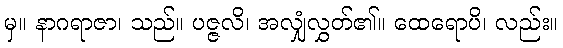
မှ။ နာဂရာဇာ၊ သည်။ ပဇ္ဇလိ၊ အလျှံလွှတ်၏။ ထေရောပိ၊ လည်း။